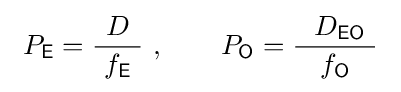
\ P_{\mathsf {E}}={\frac {D}{~f_{\mathsf {E}}\ }}\ ,\qquad P_{\mathsf {O}}={\frac {~~D_{\mathsf {EO}}\ }{~f_{\mathsf {O}}\ }}\